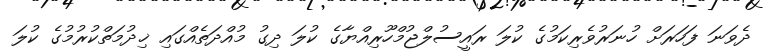
ދެވަނަ ފަހަރަށް ހުނަރުވެރިކަމުގެ ކުލަ ރައީސުލްޖުމްހޫރިއްޔާގެ ކުލަ ދިގު މުއްދަތެއްގައި ޚިދުމަތްކުރުމުގެ ކުލަ